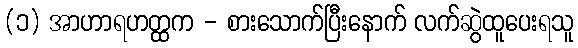
(၁) အာဟာရဟတ္ထက - စားသောက်ပြီးနောက် လက်ဆွဲထူပေးရသူ